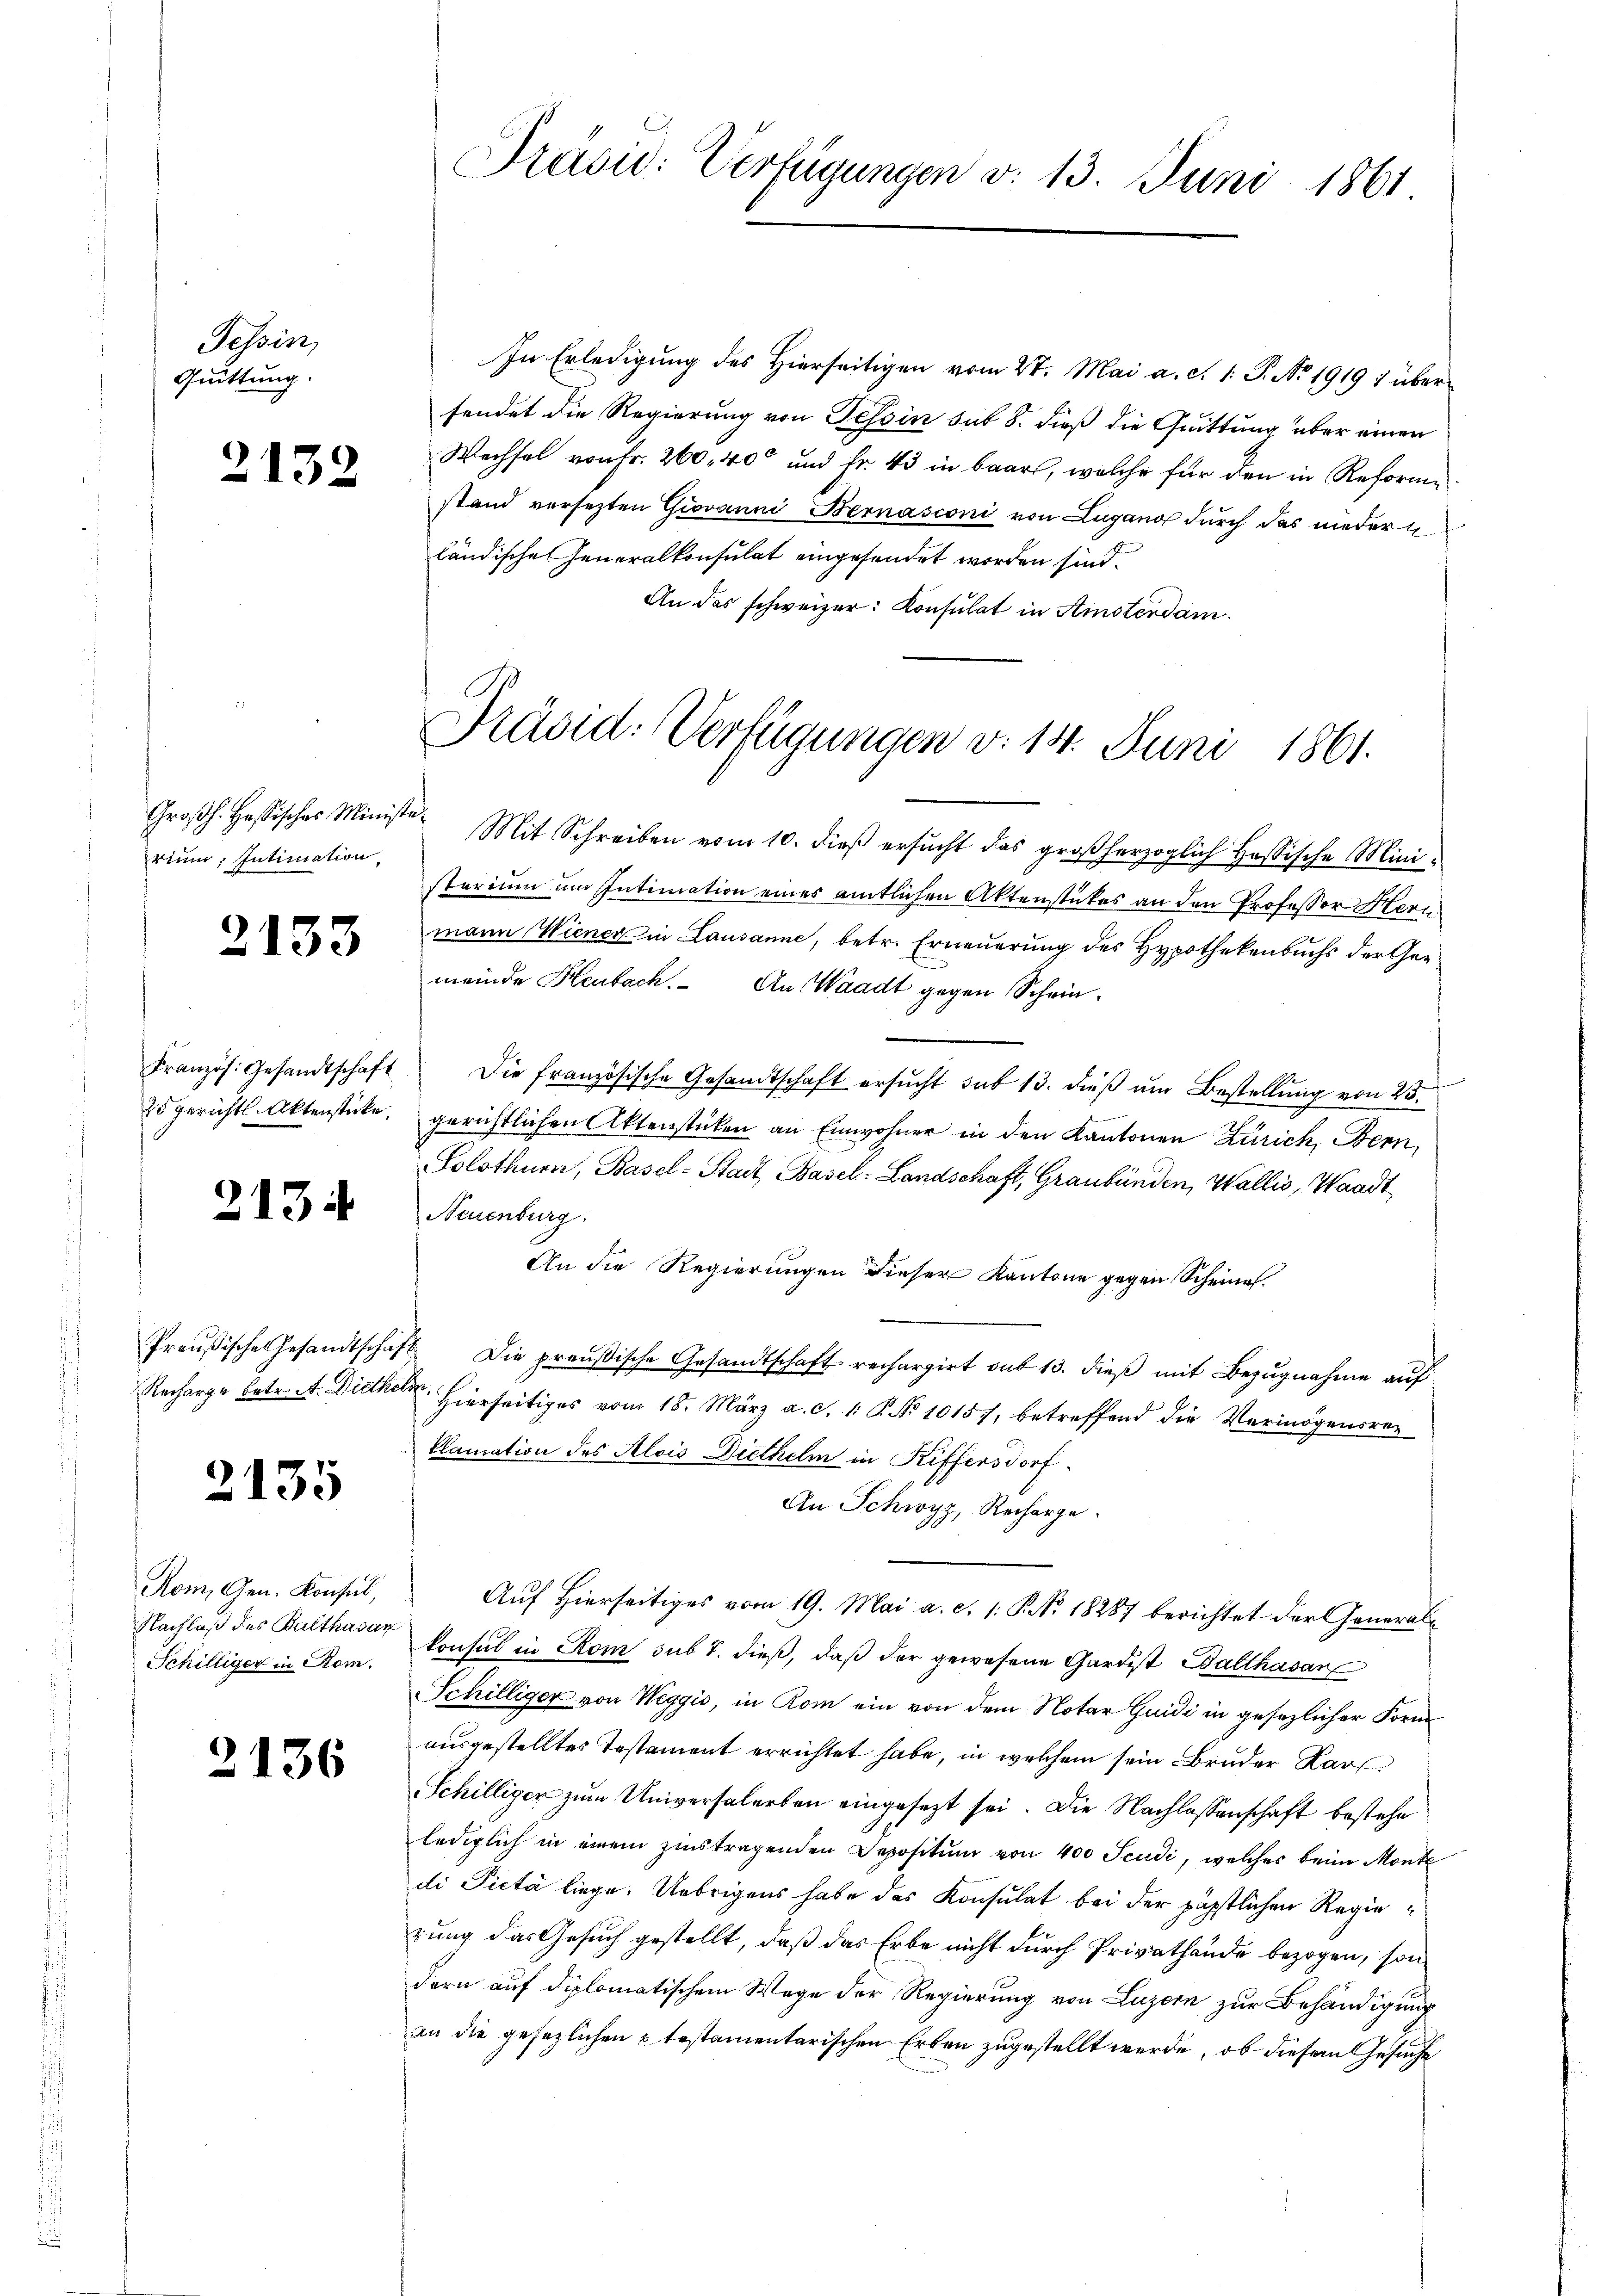
Tessin,
Quittung.

3

2

132

rium, Intimation,

2135

2

133

134

36

25 gerichts-Aktenstücke.

Rom, Gen. Konsul,
Nachlaß des Balthasan
Schilliger in Rom.

Groβh. Hessisches Ministe Mit Schreiben vom 10. dieβ ersŭcht das großherzoglich Hassische Mini-
sterium um Intimation eines amtlichen Aktenstückes an den Professor Herr
mann Wiener in Lausanne, betr. Erneuerung des Hypothekenbuchs der Gemeinde Heubach. An Waadt gegen Schein¬
Französ. Gesandtschaft die französische Gesandtschaft ersŭcht sub 13. dieβ ŭm Bestellŭng von 23.
gerichtlichen Aktenstücken an Einwohner in den Kantonen Zürich, Bern,
Solothurn, Basel-Stadt Basel-Landschaft, Graubünden, Wallis, Waadt
Neuenburg.
An die Regierungen dieser Kantone gegen Scheine.
Preußische Gesandtschaft. Die preußische Gesandtschaft rechargirt sub 13. dieß mit Bezugnahme auf
Recharge betr. A. Diethe er hierseitiges vom 18. März a. c. 1. P. Nr. 10157, betreffend die Vermögensreklamation des Alois Diethelm in Riffersdorf.
An Schwyz, Recharge.
Auf hierseitiges vom 19. Mai a. c. 1: P. Nr. 18287 berichtet der Generalkonsul in Rom sub 7. dieß, daß der gewesene Gardist Balthasar
Schilliger von Weggis, in Rom ein von dem Notar Guidi in gesezlicher Form
ausgestelltes Testament errichtet habe, in welchem sein Bruder Karl
Schilliger zum Universalerbau eingesezt sei. Die Nachlassenschaft bestehe
lediglich in einem zinstragenden Depositum von 400 Scudi, welches beim Monte
di Picta liege. Uebrigens habe das Konsulat bei der päpstlichen Regierung das Gesuch gestellt, daß das Erbe nicht durch Privathände bezogen, son
dern auf diplomatischem Wege der Regierung von Luzern zur Behändigung
an die gesezlichen u testamentarischen Erben zugestellt werde, ob diesem Gesuche

Präsid: Verfügungen d. 13. Juni 1861

In Erledigung des Hierseitigen vom 27. Mai a. c. 1. P. No. 1919 : übersendet die Regierung von Tessin sub 8. dieß die Quittung über einen
Wechsel von Fr. 260, 400 und Fr. 43 in Baars, welche für den in Reforme
stand versetzten Giovanni Bernasconi von Lugano durch das niedern
ländische Generalkonsulat eingesendet worden sind.
An das schweizer: Konsulat in Amsterdam.

Präsid: Verfügungen v. 14. Juni 1861.